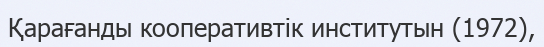
Қарағанды кооперативтік институтын (1972),